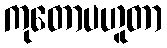
ကုတောပဟူတာ